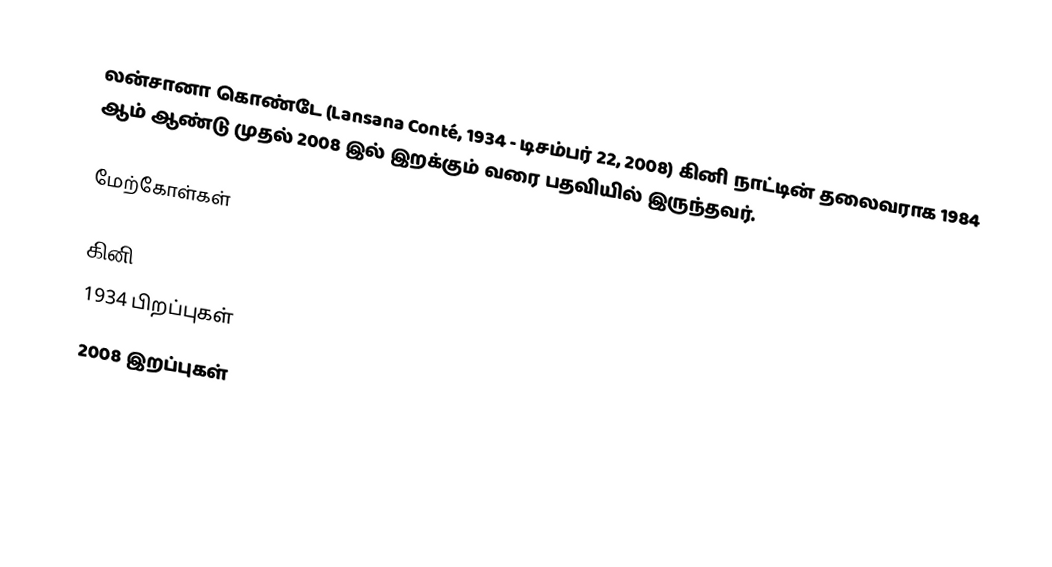
லன்சானா கொண்டே (Lansana Conté, 1934 - டிசம்பர் 22, 2008) கினி நாட்டின் தலைவராக 1984 ஆம் ஆண்டு முதல் 2008 இல் இறக்கும் வரை பதவியில் இருந்தவர்.

மேற்கோள்கள்

கினி
1934 பிறப்புகள்
2008 இறப்புகள்